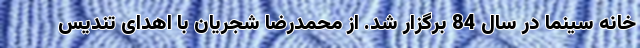
خانه سینما در سال 84 برگزار شد. از محمدرضا شجریان با اهدای تندیس